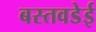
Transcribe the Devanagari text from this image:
बस्तवडेई